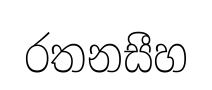
රතනසීහ